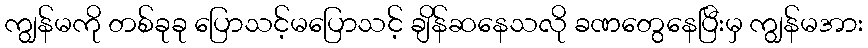
ကျွန်မကို တစ်ခုခု ပြောသင့်မပြောသင့် ချိန်ဆနေသလို ခဏတွေနေပြီးမှ ကျွန်မအား